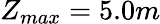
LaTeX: Z_{max}=5.0m